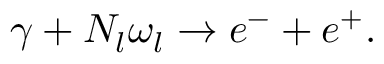
\gamma + N _ { l } \omega _ { l } \rightarrow e ^ { - } + e ^ { + } .